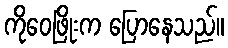
ကိုဝေဖြိုးက ပြောနေသည်။